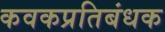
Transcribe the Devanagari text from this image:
कवकप्रतिबंधक